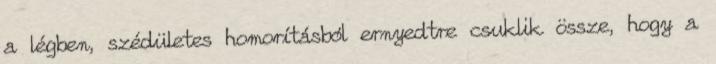
a légben, szédületes homorításból ernyedtre csuklik össze, hogy a